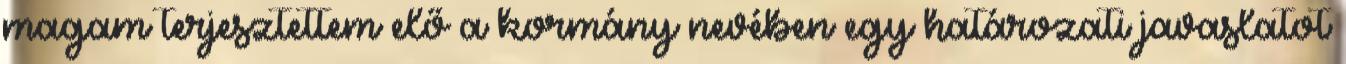
magam terjesztettem elő a kormány nevében egy határozati javaslatot